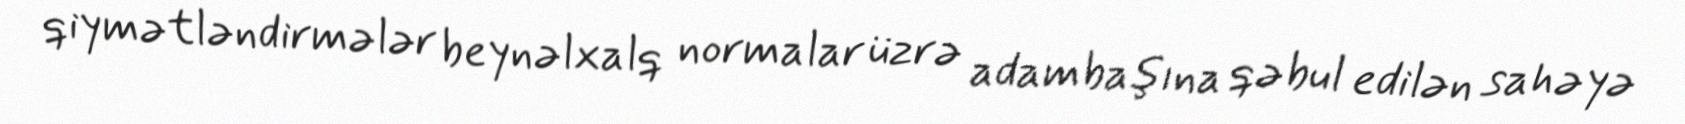
qiymətləndirmələr beynəlxalq normalar üzrə adambaşına qəbul edilən sahəyə